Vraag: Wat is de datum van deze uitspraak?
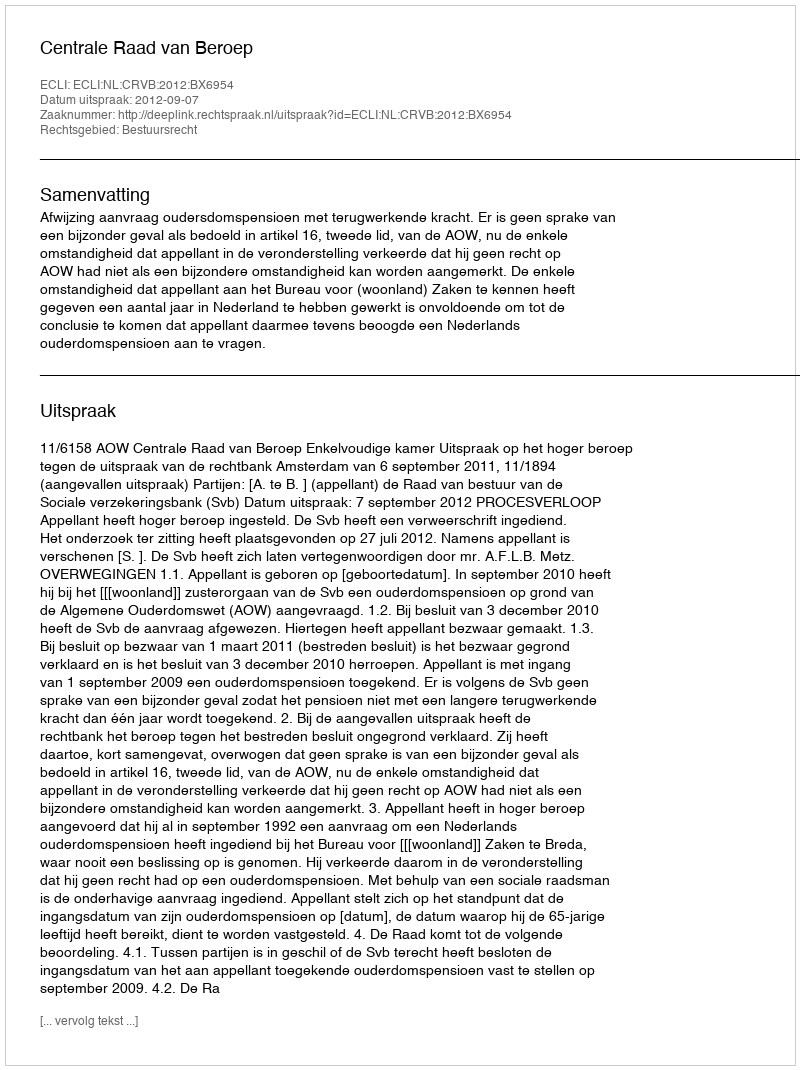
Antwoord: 2012-09-07